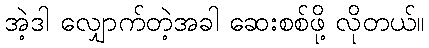
အဲ့ဒါ လျှောက်တဲ့အခါ ဆေးစစ်ဖို့ လိုတယ်။